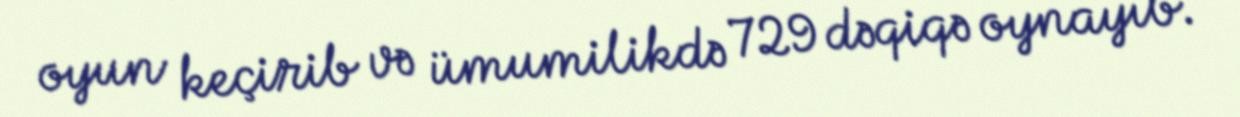
oyun keçirib və ümumilikdə 729 dəqiqə oynayıb.